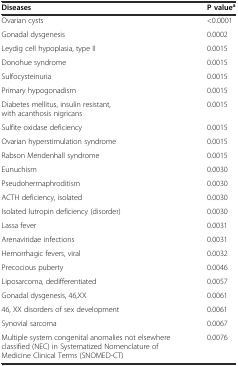
| Diseases | P valuea |
 | --- | --- |
 | Ovarian cysts | <0.0001 |
 | Gonadal dysgenesis | 0.0002 |
 | Leydig cell hypoplasia, type II | 0.0015 |
 | Donohue syndrome | 0.0015 |
 | Sulfocysteinuria | 0.0015 |
 | Primary hypogonadism | 0.0015 |
 | Diabetes mellitus, insulin resistant, with acanthosis nigricans | 0.0015 |
 | Sulfite oxidase deficiency | 0.0015 |
 | Ovarian hyperstimulation syndrome | 0.0015 |
 | Rabson Mendenhall syndrome | 0.0015 |
 | Eunuchism | 0.0030 |
 | Pseudohermaphroditism | 0.0030 |
 | ACTH deficiency, isolated | 0.0030 |
 | Isolated lutropin deficiency (disorder) | 0.0030 |
 | Lassa fever | 0.0031 |
 | Arenaviridae infections | 0.0031 |
 | Hemorrhagic fevers, viral | 0.0032 |
 | Precocious puberty | 0.0046 |
 | Liposarcoma, dedifferentiated | 0.0057 |
 | Gonadal dysgenesis, 46,XX | 0.0061 |
 | 46, XX disorders of sex development | 0.0061 |
 | Synovial sarcoma | 0.0067 |
 | Multiple system congenital anomalies not elsewhere classified (NEC) in Systematized Nomenclature of Medicine Clinical Terms (SNOMED-CT) | 0.0076 |